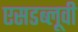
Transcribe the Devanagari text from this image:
एसडब्लूवी